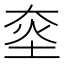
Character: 𱫀